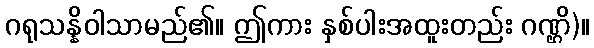
ဂရုသန္နိဝါသာမည်၏။ ဤကား နှစ်ပါးအထူးတည်း ဂဏ္ဌိ)။